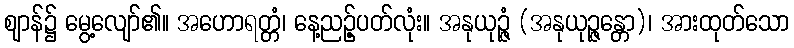
ဈာန်၌ မွေ့လျော်၏။ အဟောရတ္တံ၊ နေ့ညဉ့်ပတ်လုံး။ အနုယုဉ္ဇံ (အနုယုဉ္ဇန္တော)၊ အားထုတ်သော